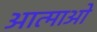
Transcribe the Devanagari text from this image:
आत्माओ